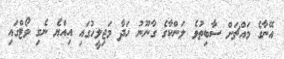
އޭނާގެ މައްޗަށް ސާބިތުވެ ލަންކާގެ ގާނޫނު ހަދާ މަޖިލީހުގައި އިއްޔެ ނެގި ވޯޓްގައި